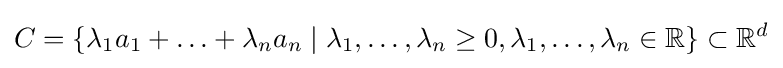
C=\{\lambda _{1}a_{1}+\ldots +\lambda _{n}a_{n}\mid \lambda _{1},\ldots ,\lambda _{n}\geq 0,\lambda _{1},\ldots ,\lambda _{n}\in \mathbb {R} \}\subset \mathbb {R} ^{d}